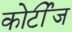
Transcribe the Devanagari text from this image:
कोर्टीज